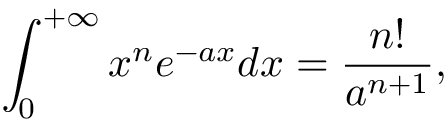
\int _ { 0 } ^ { + \infty } x ^ { n } e ^ { - a x } d x = \frac { n ! } { a ^ { n + 1 } } ,